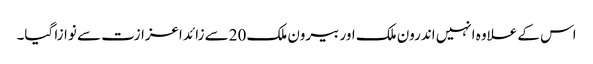
اس کے علاوہ انہیں اندرون ملک اور بیرون ملک 20سے زائد اعزازت سے نوازا گیا۔